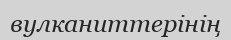
вулканиттерінің